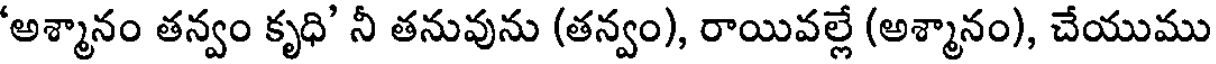
'అశ్మానం తన్వం కృధి' నీ తనువును (తన్వం), రాయివల్లే (అశ్మానం), చేయుము